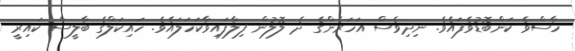
ހާސްވެ ކަންބޮޑުވެފައެވެ. ނިދިވެސް އަހަރެންގެ ދެ ލޮލުން ފިލާފައިވާކަހަލައެވެ. ހައިކަލްގެ ބާލީސް ކައިރީ